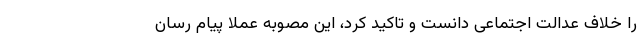
را خلاف عدالت اجتماعی دانست و تاکید کرد، این مصوبه عملا پیام رسان